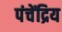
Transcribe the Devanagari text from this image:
पंचेंद्रिय